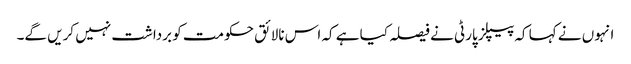
انہوں نے کہا کہ پیپلز پارٹی نے فیصلہ کیا ہے کہ اس نالائق حکومت کو برداشت نہیں کریں گے۔